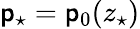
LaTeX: \mathsf{p}_{\star}=\mathsf{p}_{0}(z_{\star})